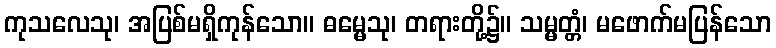
ကုသလေသု၊ အပြစ်မရှိကုန်သော။ ဓမ္မေသု၊ တရားတို့၌။ သမ္မတ္တံ၊ မဖောက်မပြန်သော